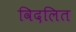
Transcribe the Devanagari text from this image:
विदलित